Report on the Nagpur School of Medicine, Central Provinces
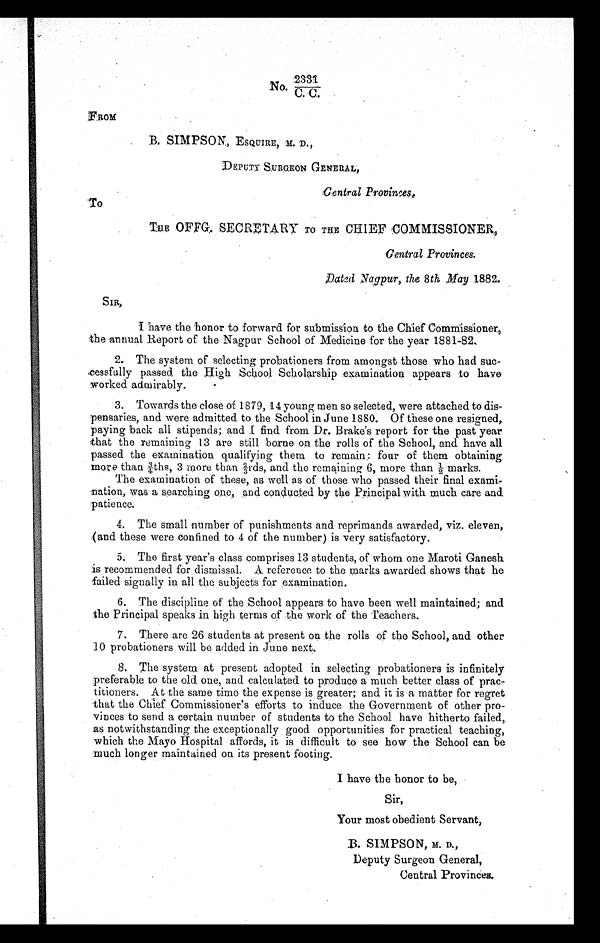
No:23-31
C. C..
FROM
B SIMPSON, ESQUIRE, M. D.,
DEPUTY SURGEON GENERAL,
Central Provinces,
TO
THE OFFG. SECRETARY To THE CHIEF COMMISSIONER,
1 8 8 2 .
Sir,
I have the honor to forward for submission to the Chief Commissioner,
the annual Report of the Nagpur School of Medicine for the year 1881-82.
2. The system of selecting probationers from amongst those who had su
ccessfully passed the High School Scholarship examination appears to have
worked admirably.
3. Towards the close of 1879, 14 young men so selected, were attached to dis
pessaries, and were admitted to the School in June 1880. Of these one resigned,
paying back all stipends.; and I find from Dr. Brake's report for the past year
that the remaining 13 are still borne on the rolls of the School, and have all
passed the examination qualifying them to remain: four of them obtaining
more than 3/4ths, 3 more than 2/3rds, and the remaining 6, more than 1/2 marks.
The examination of these, as well as of those who passed their final exami
nation, was a searching one, and conducted by the Principal with much care and
patience.
4. The small number of punishments and reprimands awarded, viz, eleven,
(and these were confined to 4 of the number) is very satisfactory.
5. The first year's class comprises 13 students, of whom one Maroti Ganesh
is recommended for dismissal. A reference to the marks awarded shows that he
failed signally in all the subjects for examination.
6. The discipline of the School appears to have been well maintained; and
the Principal speaks in high terms of the work of the Teachers.
7. There are 26 students at present on the rolls of the School, and other
10 probationers will be added in June next.
8. The system at present adopted in selecting probationers is infinitely
preferable to the old one, and calculated to produce a much better class of prac
titioners. At the same time the expense is greater; and it is a matter for regret
that the Chief Commissioner's efforts to induce the Government of other pro
vinces to send a certain number of students to the School have hitherto failed,
as notwithstanding the exceptionally good opportunities for practical teaching,
which the Mayo Hospital affords, it is difficult to see how the School can be
much longer maintained on its present footing.
I have the honor to be,
Sir.
Your most obedient Servant,
B. SIMPSON, D.,
Deputy Surgeon General,
Central Provinces.